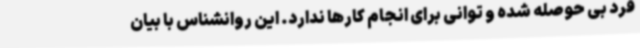
فرد بی حوصله شده و توانی برای انجام کارها ندارد. این روانشناس با بیان